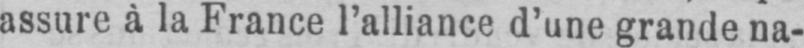
assure à la France l’alliance d’une grande na-